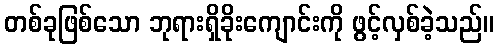
တစ်ခုဖြစ်သော ဘုရားရှိခိုးကျောင်းကို ဖွင့်လှစ်ခဲ့သည်။